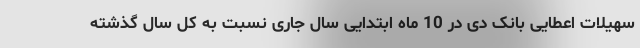
سهیلات اعطایی بانک‌ دی در 10 ماه ابتدایی سال جاری نسبت به کل سال گذشته